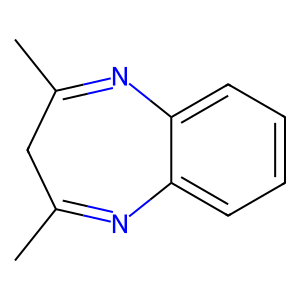
SMILES: CC1=Nc2ccccc2N=C(C)C1
Inhibits HIV replication: No